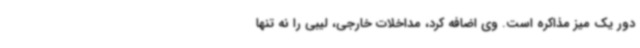
دور یک میز مذاکره است. وی اضافه کرد، مداخلات خارجی، لیبی را نه تنها